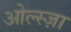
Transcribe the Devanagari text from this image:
ओल्स्ज़ा